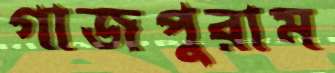
গাজপুরাম